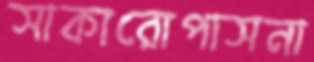
সাকারোপাসনা